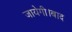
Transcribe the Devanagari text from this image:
जायेगी।बाद